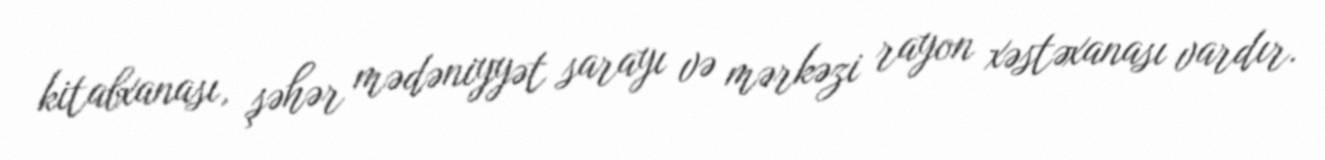
kitabxanası, şəhər mədəniyyət sarayı və mərkəzi rayon xəstəxanası vardır.